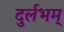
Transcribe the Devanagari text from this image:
दुर्लभम्